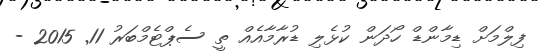
ފިލްމަށް ޑިމާންޑް ހޯދަން ކުޅެލި ޑުރާމާއެއް ތީ ސެޕްޓެމްބަރު 11